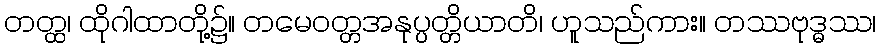
တတ္ထ၊ ထိုဂါထာတို့၌။ တမေဝတ္တအနုပ္ပတ္တိယာတိ၊ ဟူသည်ကား။ တဿဗုဒ္ဓဿ၊